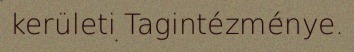
kerületi Tagintézménye.